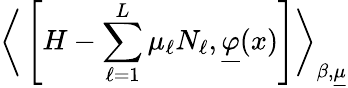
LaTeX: \bigg\langle\left[H-\sum_{\ell=1}^{L}\mu_{\ell}N_{\ell},\underline{{{\varphi}}}(x)\right]\bigg\rangle_{\beta,\underline{{{\mu}}}}